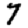
Digit: 7